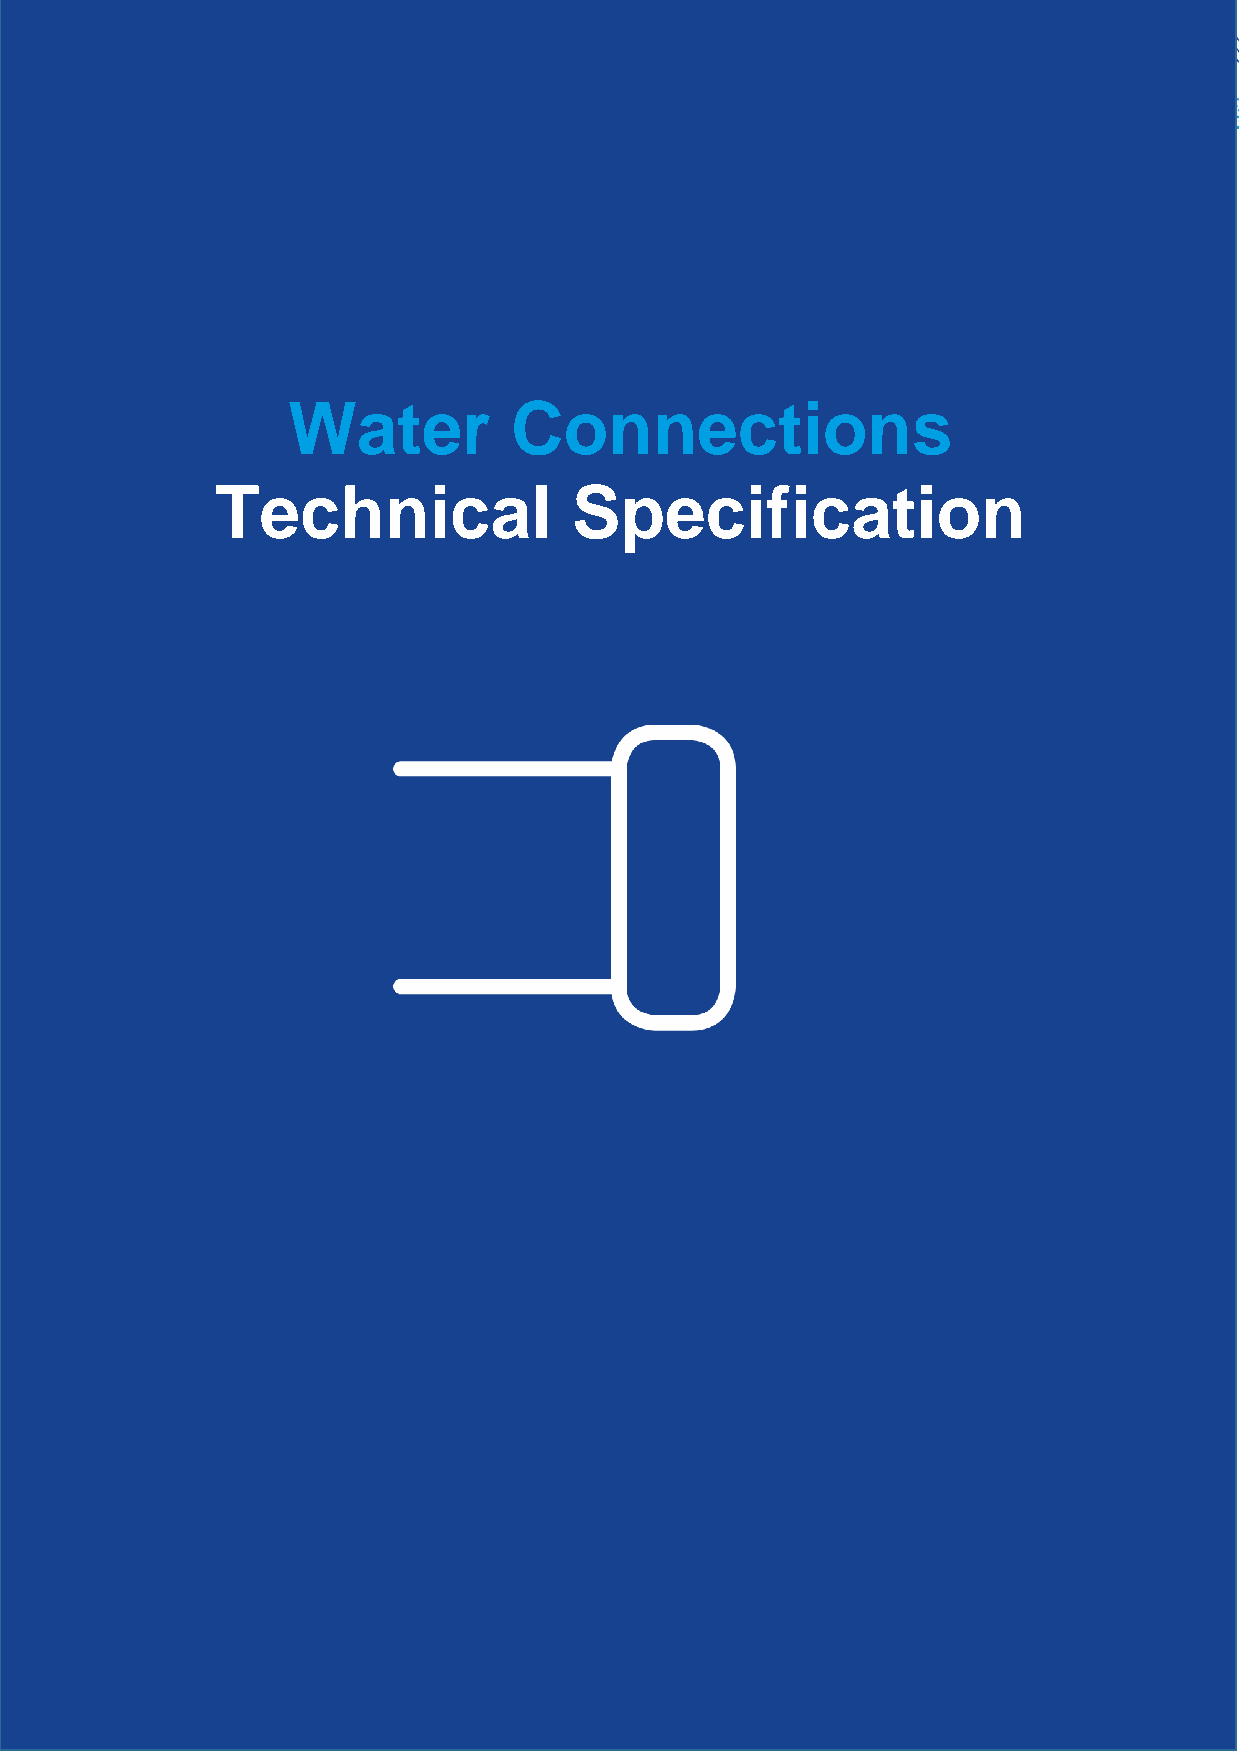
Water Connections
 Guidance Notes
 Water          Connections
 Technical               Specification
 14